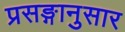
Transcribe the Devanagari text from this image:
प्रसङ्गानुसार